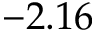
- 2 . 1 6